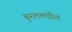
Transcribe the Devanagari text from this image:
कुरलमधील